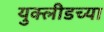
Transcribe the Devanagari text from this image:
युक्लीडच्या